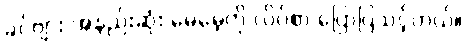
ခင်ဗျား အနည်းဆုံး မေမေ့ကို လိပ်စာ ပြောပြသင့်တယ်။